Serum-therapy of plague in India - Number 20
Disease focus: Plague
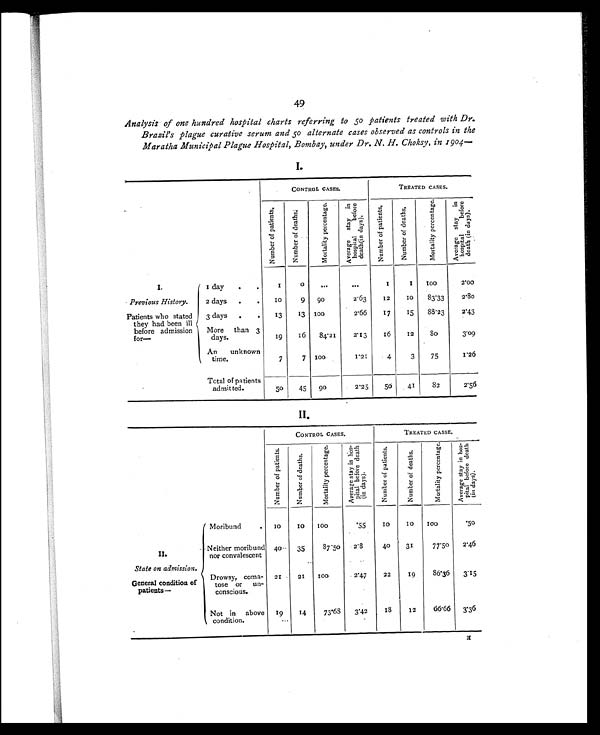
49
Analysis of one hundred hospital charts referring to so patients treated with Dr.
Brazil's plague curative serum and 50 alternate cases observed as controls in the
Maratha Municipal Plague Hospital, Bombay, under Dr. N. H. Choksy, in 1904—
CONTROL CASES.
TREATED CASES.
N u m b e r o f p a t i e n t s . Number of deaths.
M o r t a l i t y p e r c e n t a g e .
A v e r a g e s t a y i n
h o s p i t a l b e f o r e
d e a t h ( i n d a y s ) .
N u m b e r o f p a t i e n t s .
N u m b e r o f d e a t h s .
M o r t a l i t y p e r c e n t a g e .
Aver age st ay i n
hospi t al bef or e
deat h( i n days) .
I.
Previous History.
Patients who stated
they had been ill
before admission
for—
I day
.
.
1
0
. . .
...
1
1
1 0 0
2.00
2 days
.
.
1 0
9
90
2.63
12
10
83.33
2.80
3 days
.
.
13
13
1 0 0
2.66
17
15
88 . 23
2.43
More than 3
days.
19
16
84.21
2.13
16
12
8 0
3.09
An unknown
time.
7
7
1 0 0
1.21
4
3
75
1.26
Total of patients
admitted.
5 0
45
9 0
2.25
50
41
82
2.56
II.
CONTROL CASES.
TREATED CASSE.
N u m b e r o f p a t i e n t s .
N u m b e r o f d e a t h s .
M o r t a l i t y p e r c e n t a g e .
A v e r a g e s t a y i n h o s -
p i t a l b e f o r e d e a t h
( i n days) .
N u m b e r o f p a t i e n t s .
N u m b e r o f d e a t h s .
M o r t a l i t y p e r c e n t a g e .
A v e r a g e s t a y i n h o s -
p i t a l b e f o r e d e a t h
( i n d a y s ) .
II.
State on admission.
General condition of
patients—
Moribund
.
I0
10
100
.55
1 0
10
1 0 0
'50
Neither moribund
nor convalescent
40 .
35
87. 50
2 . 8
40
31
77.50
2.46
Drowsy, coma-
tose or un-
conscious.
21
21
I00
2.47
22
19
86.36
3.15
Not in above
condition.
19
14
73•68
3.42
18
12
66.66
3.36